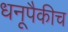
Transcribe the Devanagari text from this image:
धनूपैकीच